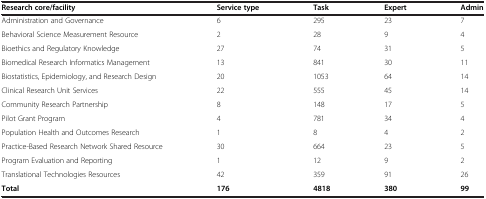
| Research core/facility | Service type | Task | Expert | Admin |
 | --- | --- | --- | --- | --- |
 | Administration and Governance | 6 | 295 | 23 | 7 |
 | Behavioral Science Measurement Resource | 2 | 28 | 9 | 4 |
 | Bioethics and Regulatory Knowledge | 27 | 74 | 31 | 5 |
 | Biomedical Research Informatics Management | 13 | 841 | 30 | 11 |
 | Biostatistics, Epidemiology, and Research Design | 20 | 1053 | 64 | 14 |
 | Clinical Research Unit Services | 22 | 555 | 45 | 14 |
 | Community Research Partnership | 8 | 148 | 17 | 5 |
 | Pilot Grant Program | 4 | 781 | 34 | 4 |
 | Population Health and Outcomes Research | 1 | 8 | 4 | 2 |
 | Practice-Based Research Network Shared Resource | 30 | 664 | 23 | 5 |
 | Program Evaluation and Reporting | 1 | 12 | 9 | 2 |
 | Translational Technologies Resources | 42 | 359 | 91 | 26 |
 | Total | 176 | 4818 | 380 | 99 |